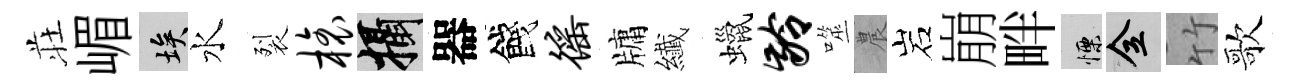
荘嵋埃水裂榱攝器餞徭牗纎蠟龄噬農岩崩畔慄全竹歌